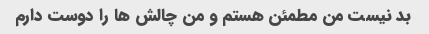
بد نیست من مطمئن هستم و من چالش ها را دوست دارم